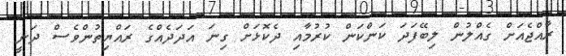
ރާއްޖެއަށް ގެއްލުން ލިބޭފަދަ ކަންކަން ކުރުމާއި ދެކޮޅަށް ގިނަ އަދަދެއްގެ ރައްޔިތުންވެސް ދަނީ